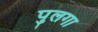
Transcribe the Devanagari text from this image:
पुलगा